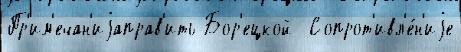
Пр'им'ечан'иjаправ'ить Бор'ецкой  Сопрот'ивл'е́н'иjе